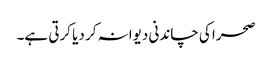
صحرا کی چاندنی دیوانہ کر دیا کرتی ہے۔